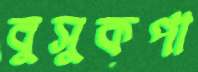
বুসুকপা